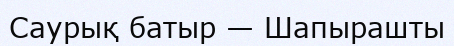
Саурық батыр — Шапырашты